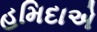
હમિદાએ